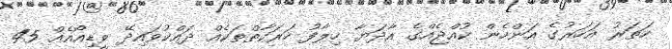
ހަތަރު އަހަރުގެ އަންހެން ކުއްޖެއްގެ އާދަޔާ ހިލާފު ހަރަކާތްތަކެއް ދައްކުވައިދޭ ވީޑިއޯއެއް 45